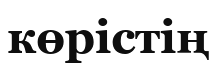
көрістің